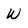
Character: W